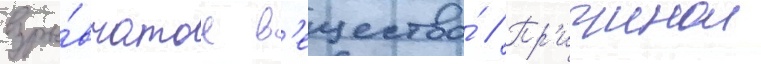
взры́вчатое в'ещество́ // Пр'ичинои